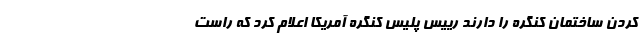
کردن ساختمان کنگره را دارند رییس پلیس کنگره آمریکا اعلام کرد که راست